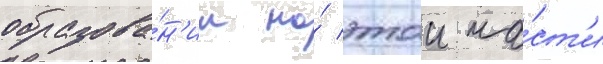
образова́н'ии на́ этои ча́ст'и